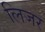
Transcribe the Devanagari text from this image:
लिजर